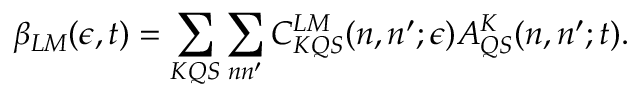
\beta _ { L M } ( \epsilon , t ) = \sum _ { K Q S } \sum _ { n n ^ { \prime } } C _ { K Q S } ^ { L M } ( n , n ^ { \prime } ; \epsilon ) A _ { Q S } ^ { K } ( n , n ^ { \prime } ; t ) .